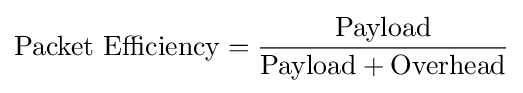
{\text{Packet Efficiency}}={\frac {\text{Payload}}{{\text{Payload}}+{\text{Overhead}}}}